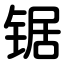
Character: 锯